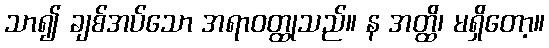
သာ၍ ချစ်အပ်သော အရာဝတ္ထုသည်။ န အတ္ထိ၊ မရှိတော့။